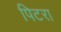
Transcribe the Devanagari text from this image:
पिटरा